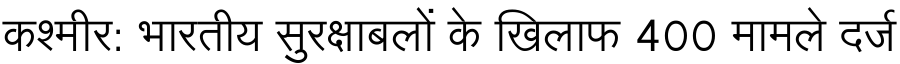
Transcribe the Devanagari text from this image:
कश्मीर: भारतीय सुरक्षाबलों के खिलाफ 400 मामले दर्ज